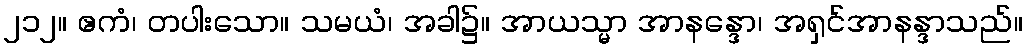
၂၁၂။ ဧကံ၊ တပါးသော။ သမယံ၊ အခါ၌။ အာယသ္မာ အာနန္ဒော၊ အရှင်အာနန္ဒာသည်။